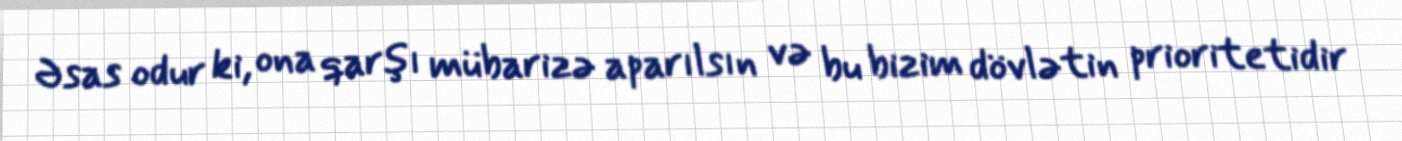
Əsas odur ki, ona qarşı mübarizə aparılsın və bu bizim dövlətin prioritetidir